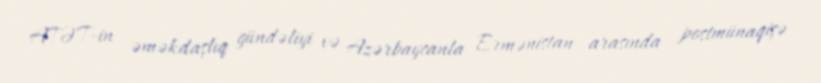
ATƏT-in əməkdaşlıq gündəliyi və Azərbaycanla Ermənistan arasında postmünaqişə